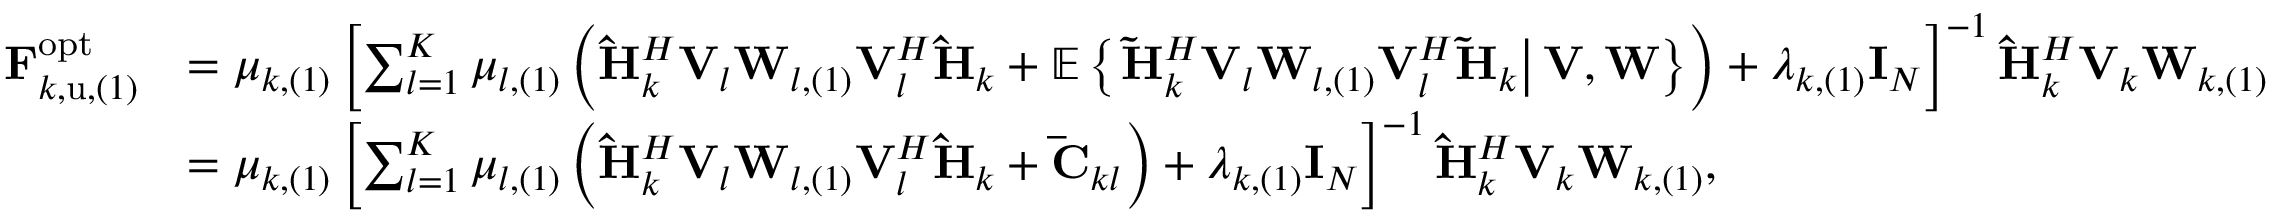
\begin{array} { r l } { \mathbf { F } _ { k , \mathrm { u } , ( 1 ) } ^ { \mathrm { o p t } } } & { = \mu _ { k , ( 1 ) } \left[ \sum _ { l = 1 } ^ { K } { \mu _ { l , ( 1 ) } \left( \mathbf { \hat { H } } _ { k } ^ { H } \mathbf { V } _ { l } \mathbf { W } _ { l , ( 1 ) } \mathbf { V } _ { l } ^ { H } \mathbf { \hat { H } } _ { k } + \mathbb { E } \left\{ \left. \mathbf { \tilde { H } } _ { k } ^ { H } \mathbf { V } _ { l } \mathbf { W } _ { l , ( 1 ) } \mathbf { V } _ { l } ^ { H } \mathbf { \tilde { H } } _ { k } \right| \mathbf { V } , \mathbf { W } \right\} \right) } + \lambda _ { k , ( 1 ) } \mathbf { I } _ { N } \right] ^ { - 1 } \mathbf { \hat { H } } _ { k } ^ { H } \mathbf { V } _ { k } \mathbf { W } _ { k , ( 1 ) } } \\ & { = \mu _ { k , ( 1 ) } \left[ \sum _ { l = 1 } ^ { K } { \mu _ { l , ( 1 ) } \left( \mathbf { \hat { H } } _ { k } ^ { H } \mathbf { V } _ { l } \mathbf { W } _ { l , ( 1 ) } \mathbf { V } _ { l } ^ { H } \mathbf { \hat { H } } _ { k } + \mathbf { \bar { C } } _ { k l } \right) } + \lambda _ { k , ( 1 ) } \mathbf { I } _ { N } \right] ^ { - 1 } \mathbf { \hat { H } } _ { k } ^ { H } \mathbf { V } _ { k } \mathbf { W } _ { k , ( 1 ) } , } \end{array}